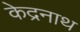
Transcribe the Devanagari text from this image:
केद्रनाथ